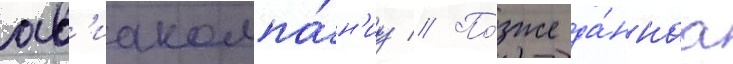
ав'иакомпа́н'иу // По́зже да́ннаа